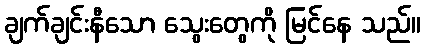
ချက်ချင်းနီသော သွေးတွေကို မြင်နေ သည်။